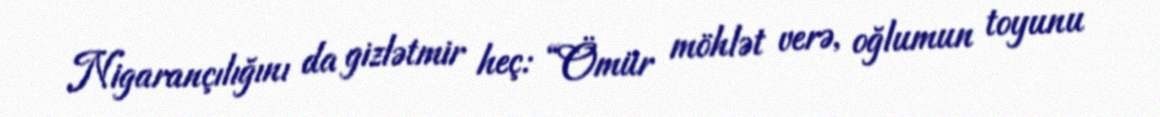
Nigarançılığını da gizlətmir heç: “Ömür möhlət verə, oğlumun toyunu